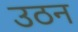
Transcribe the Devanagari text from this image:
उठन